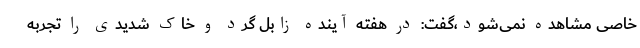
خاصی مشاهده نمی‌شود،گفت: در هفته آینده زابل گرد و خاک شدیدی را تجربه